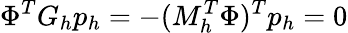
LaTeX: \Phi^{T}G_{h}p_{h}=-(M_{h}^{T}\Phi)^{T}p_{h}=0